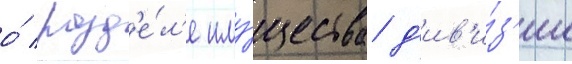
о́ разд'е́л'е иму́щества д'ив'и́з'ии